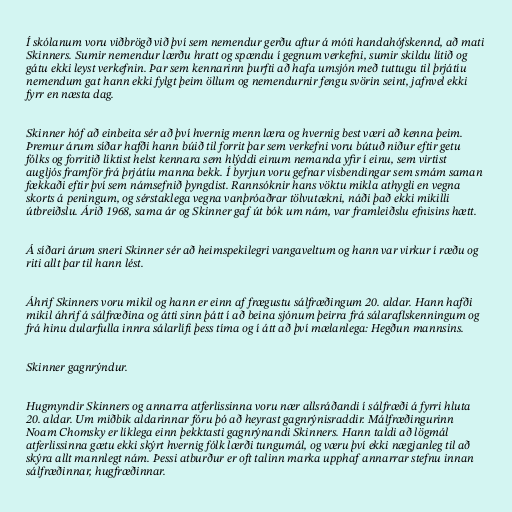
Í skólanum voru viðbrögð við því sem nemendur gerðu aftur á móti handahófskennd, að mati
Skinners. Sumir nemendur lærðu hratt og spændu í gegnum verkefni, sumir skildu lítið og
gátu ekki leyst verkefnin. Þar sem kennarinn þurfti að hafa umsjón með tuttugu til þrjátíu
nemendum gat hann ekki fylgt þeim öllum og nemendurnir fengu svörin seint, jafnvel ekki
fyrr en næsta dag.

Skinner hóf að einbeita sér að því hvernig menn læra og hvernig best væri að kenna þeim.
Þremur árum síðar hafði hann búið til forrit þar sem verkefni voru bútuð niður eftir getu
fólks og forritið líktist helst kennara sem hlýddi einum nemanda yfir í einu, sem virtist
augljós framför frá þrjátíu manna bekk. Í byrjun voru gefnar vísbendingar sem smám saman
fækkaði eftir því sem námsefnið þyngdist. Rannsóknir hans vöktu mikla athygli en vegna
skorts á peningum, og sérstaklega vegna vanþróaðrar tölvutækni, náði það ekki mikilli
útbreiðslu. Árið 1968, sama ár og Skinner gaf út bók um nám, var framleiðslu efnisins hætt.

Á síðari árum sneri Skinner sér að heimspekilegri vangaveltum og hann var virkur í ræðu og
riti allt þar til hann lést.

Áhrif Skinners voru mikil og hann er einn af frægustu sálfræðingum 20. aldar. Hann hafði
mikil áhrif á sálfræðina og átti sinn þátt í að beina sjónum þeirra frá sálaraflskenningum og
frá hinu dularfulla innra sálarlífi þess tíma og í átt að því mælanlega: Hegðun mannsins.

Skinner gagnrýndur.

Hugmyndir Skinners og annarra atferlissinna voru nær allsráðandi í sálfræði á fyrri hluta
20. aldar. Um miðbik aldarinnar fóru þó að heyrast gagnrýnisraddir. Málfræðingurinn
Noam Chomsky er líklega einn þekktasti gagnrýnandi Skinners. Hann taldi að lögmál
atferlissinna gætu ekki skýrt hvernig fólk lærði tungumál, og væru því ekki nægjanleg til að
skýra allt mannlegt nám. Þessi atburður er oft talinn marka upphaf annarrar stefnu innan
sálfræðinnar, hugfræðinnar.